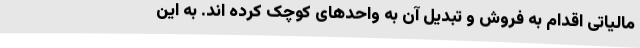
مالیاتی اقدام به فروش و تبدیل آن به واحدهای کوچک کرده اند. به این